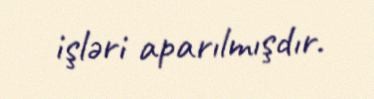
işləri aparılmışdır.